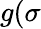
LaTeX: g(\sigma